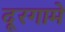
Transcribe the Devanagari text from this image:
दूरगामे